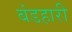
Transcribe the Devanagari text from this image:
बंडहारी